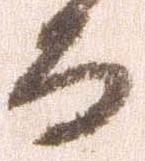
而